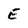
Character: E